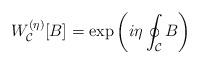
LaTeX: \begin{align*}W_{\cal C}^{(\eta)}[B] = \exp\left(i\eta\oint_{\cal C} B\right)\end{align*}